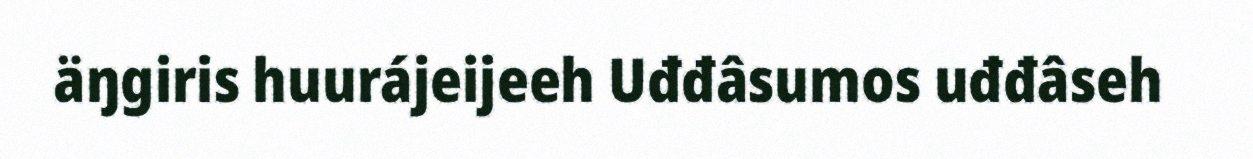
äŋgiris huurájeijeeh Uđđâsumos uđđâseh